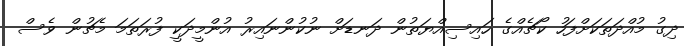
ދިގު މުއްދަތަކަށްފަހު ކޯޗެއްގެ ހައިސިއްޔަތުން ދަނޑަށް ނުކުންނައިރު އުންމީދަކީ ފުރަތަމަ މެޗުން ވެސް